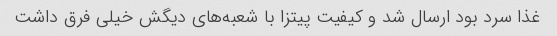
غذا سرد بود ارسال شد و کیفیت پیتزا با شعبه‌های دیگش خیلی فرق داشت